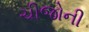
ચીજોની